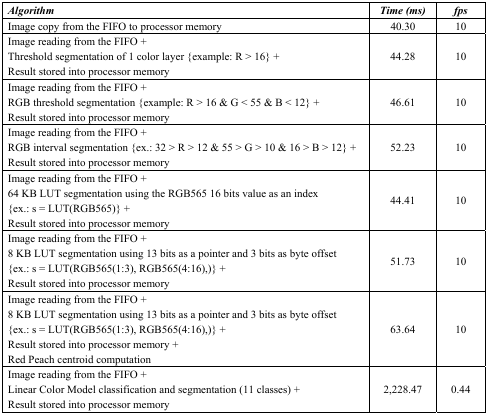
| Algorithm | Time (ms) | fps |
 | --- | --- | --- |
 | Image copy from the FIFO to processor memory | 40.30 | 10 |
 | Image reading from the FIFO +Threshold segmentation of 1 color layer [example: R > 16] +Result stored into processor memory | 44.28 | 10 |
 | Image reading from the FIFO +RGB threshold segmentation [example: R > 16 & G < 55 & B < 12] +Result stored into processor memory | 46.61 | 10 |
 | Image reading from the FIFO +RGB interval segmentation [ex.: 32 > R > 12 & 55 > G > 10 & 16 > B > 12] +Result stored into processor memory | 52.23 | 10 |
 | Image reading from the FIFO +64 KB LUT segmentation using the RGB565 16 bits value as an index [ex.: s = LUT(RGB565)] +Result stored into processor memory | 44.41 | 10 |
 | Image reading from the FIFO +8 KB LUT segmentation using 13 bits as a pointer and 3 bits as byte offset [ex.: s = LUT(RGB565(1:3), RGB565(4:16),)] +Result stored into processor memory | 51.73 | 10 |
 | Image reading from the FIFO +8 KB LUT segmentation using 13 bits as a pointer and 3 bits as byte offset [ex.: s = LUT(RGB565(1:3), RGB565(4:16),)] +Result stored into processor memory +Red Peach centroid computation | 63.64 | 10 |
 | Image reading from the FIFO +Linear Color Model classification and segmentation (11 classes) +Result stored into processor memory | 2,228.47 | 0.44 |